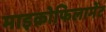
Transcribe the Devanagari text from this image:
माइक्रोफिलामेंट